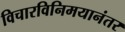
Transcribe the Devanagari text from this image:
विचारविनिमयानंतर